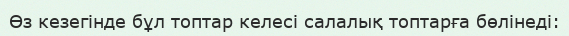
Өз кезегінде бұл топтар келесі салалық топтарға бөлінеді: